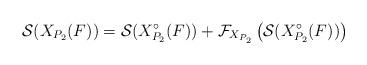
LaTeX: \begin{align*} \mathcal{S}(X_{P_2}(F))=\mathcal{S}(X_{P_2}^\circ(F))+\mathcal{F}_{X_{P_2}}\left(\mathcal{S}(X_{P_2}^\circ(F))\right)\end{align*}